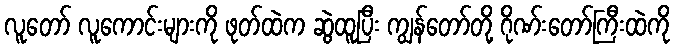
လူတော် လူကောင်းများကို ဖုတ်ထဲက ဆွဲထူပြီး ကျွန်တော်တို့ ဂိုဏ်းတော်ကြီးထဲကို